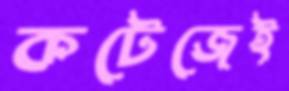
কটেজেই